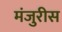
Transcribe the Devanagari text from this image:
मंजुरीस